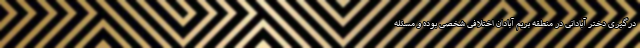
درگیری دختر آبادانی در منطقه بریم آبادان اختلافی شخصی بوده و مسئله